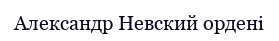
Александр Невский ордені